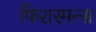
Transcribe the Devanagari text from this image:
फिशरमन्स